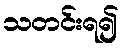
သတင်းရ၍